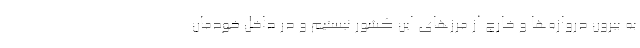
به بیرون دروازه‌ها و خارج از مرزهای این کشور نیستیم و در داخل خودمان